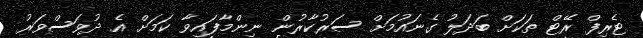
ޓެރިފް ރޭޓް ތަކަށް ބަދަލު ގެނައުމަށް ސަރުކާރުން ނިންމާފައިވާ ކަމަށް އެ ދުވަސްވަރު